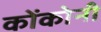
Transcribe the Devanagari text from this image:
कोंकोनी